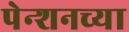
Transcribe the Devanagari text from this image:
पेन्शनच्या